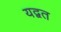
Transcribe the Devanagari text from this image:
यद्वत